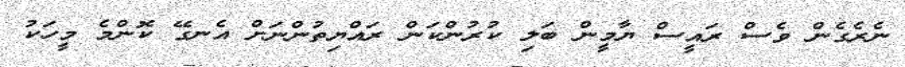
ނެރެގެން ވެސް ރައީސް ޔާމީން ބަލި ކުރުންކަން ރައްޔިތުންނަށް އެނގޭ ކޮންމެ މީހަކު